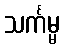
သင်္ကမ္မ